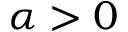
\alpha > 0